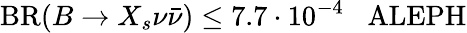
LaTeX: \mathrm{BR}(B\to X_{s}\nu\bar{\nu})\leq 7.7\cdot 10^{-4}\; \; \; \mathrm{ALEPH}